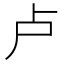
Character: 卢